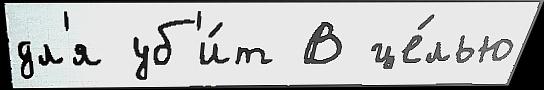
дл'я уб'и́т В це́лью